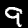
Label: 9